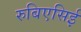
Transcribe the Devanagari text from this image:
रुबिएसिई